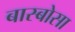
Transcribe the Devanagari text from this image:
बास्बोसा